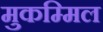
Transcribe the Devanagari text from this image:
मुकम्मिल